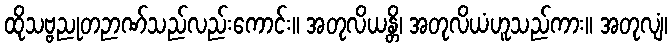
ထိုသဗ္ဗညုတဉာဏ်သည်လည်းကောင်း။ အတုလိယန္တိ၊ အတုလိယံဟူသည်ကား။ အတုလျံ၊